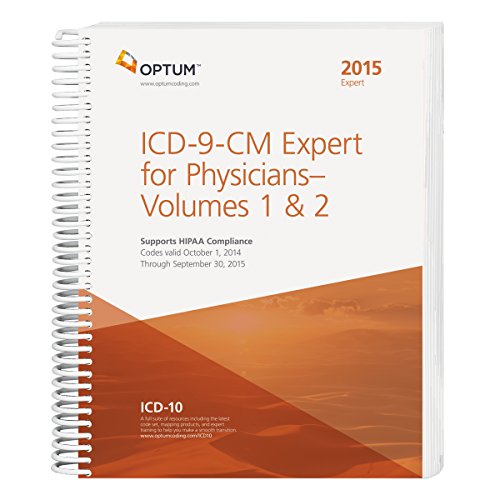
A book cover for ICD-9-CM Expert for Physicians - 2015 (Spiral); Optum360; Medical Books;